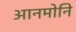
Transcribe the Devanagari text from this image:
आनमोनि